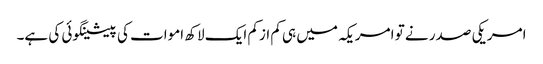
امریکی صدر نے تو امریکہ میں ہی کم ازکم ایک لاکھ اموات کی پیشینگوئی کی ہے۔